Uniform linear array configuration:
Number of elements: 64
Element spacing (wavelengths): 0.25
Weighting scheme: hann
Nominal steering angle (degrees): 45
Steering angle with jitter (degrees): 43.773
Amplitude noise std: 0.05
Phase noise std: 0.05

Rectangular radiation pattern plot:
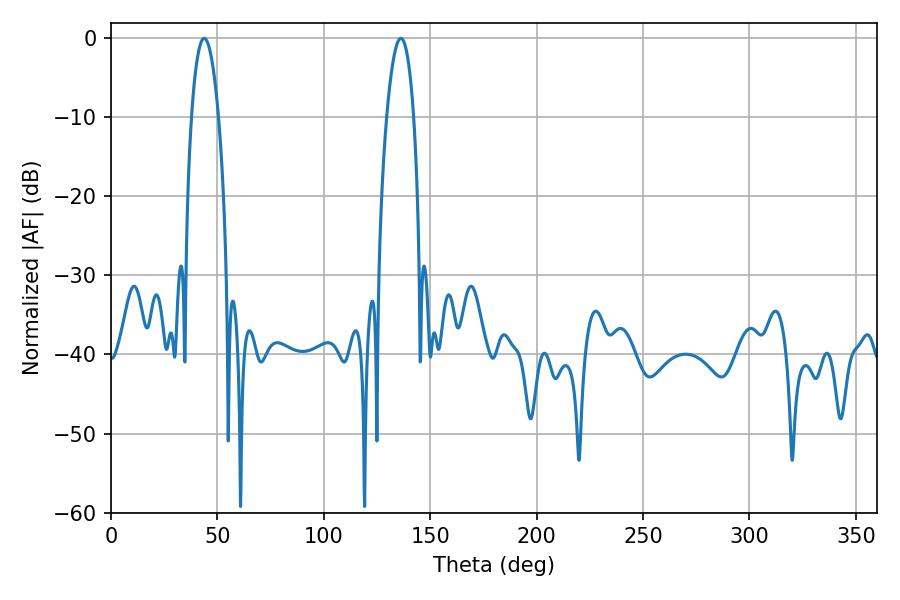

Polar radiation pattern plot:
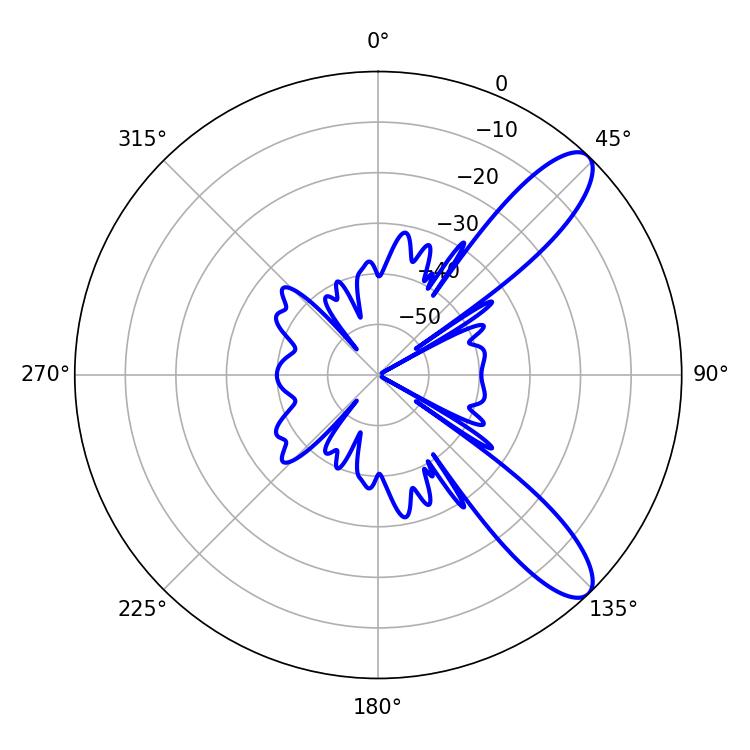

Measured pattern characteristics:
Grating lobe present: FALSE
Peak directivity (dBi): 10.383
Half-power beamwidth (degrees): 7.2
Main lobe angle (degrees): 43.74